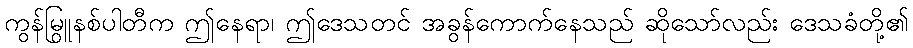
ကွန်မြူနစ်ပါတီက ဤနေရာ၊ ဤဒေသတွင် အခွန်ကောက်နေသည် ဆိုသော်လည်း ဒေသခံတို့၏